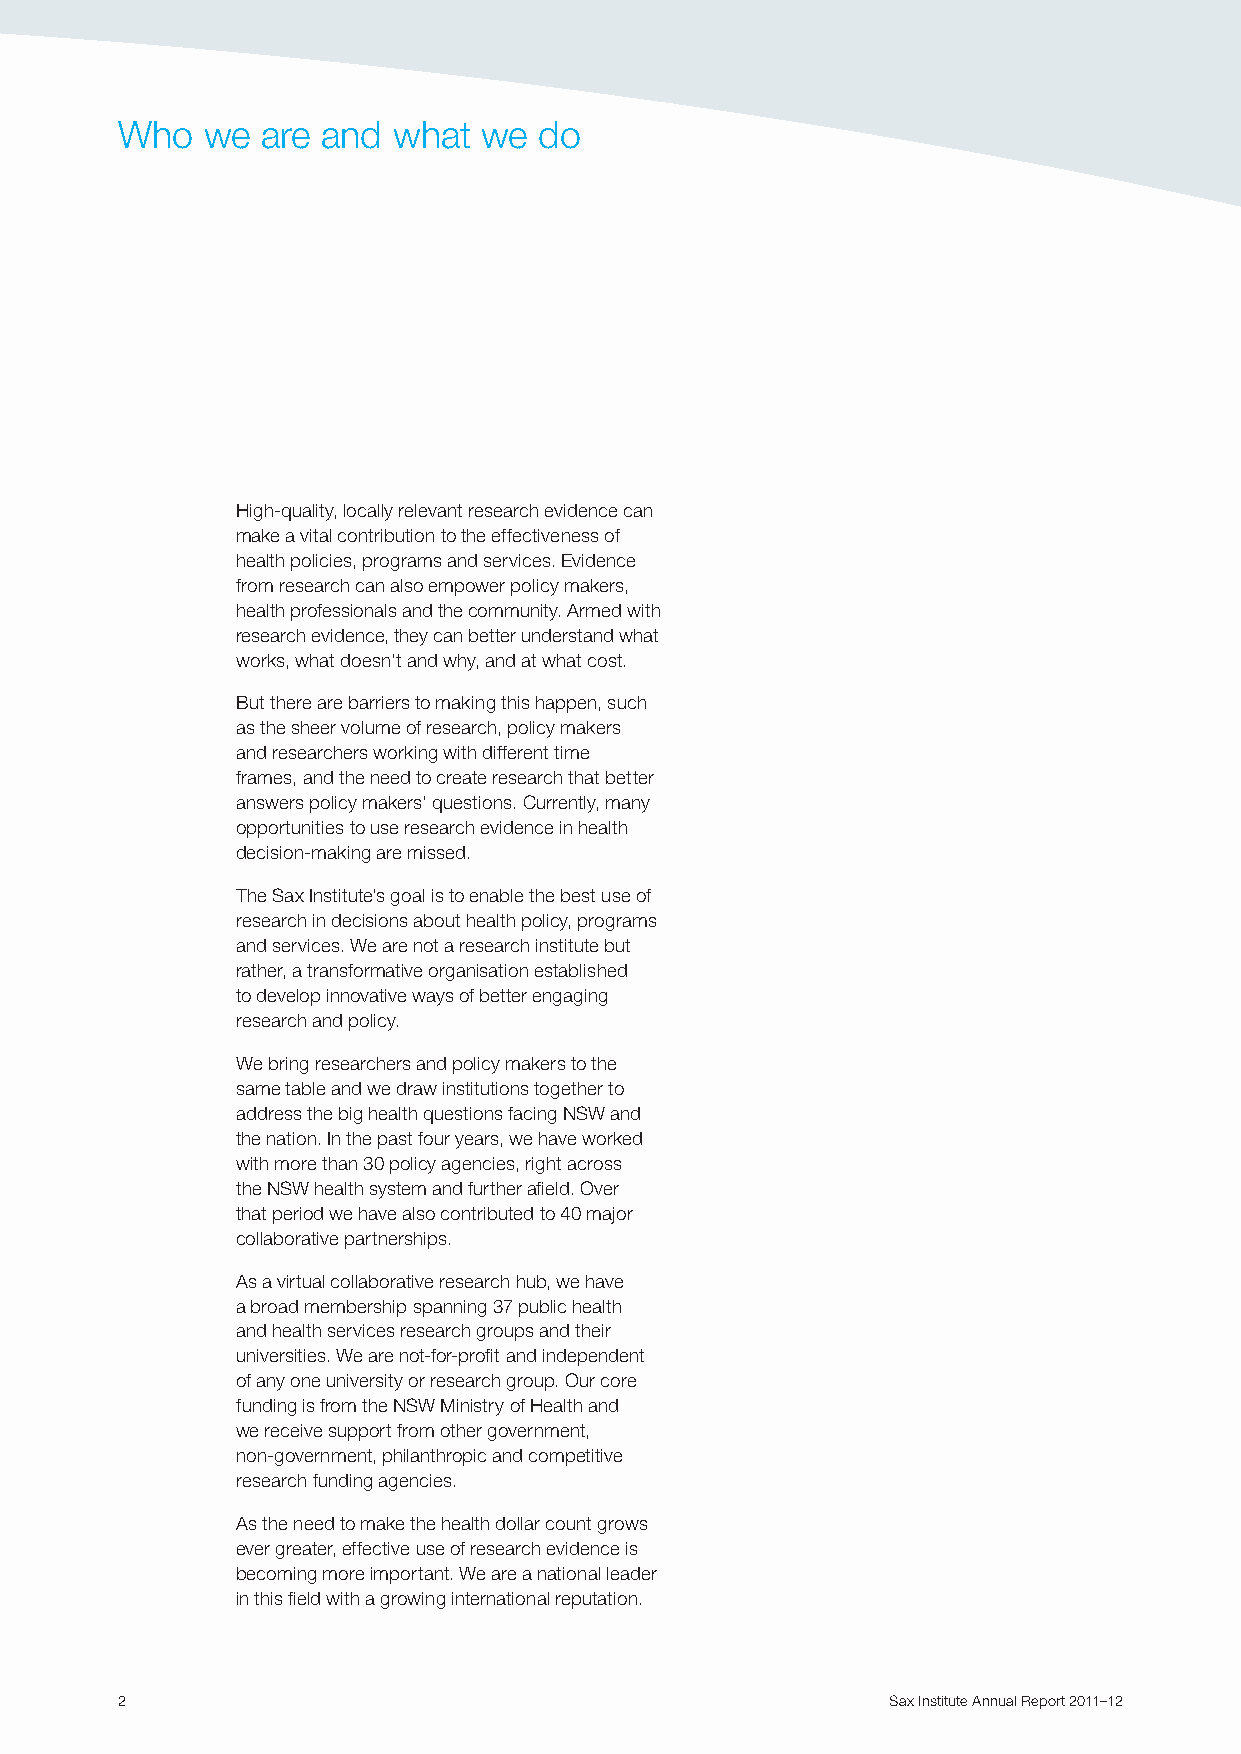
Who  we  are and  what  we  do
 High-quality, locally relevant research evidence can
 make a vital contribution to the effectiveness of
 health policies, programs and services. Evidence
 from research can also empower policy makers,
 health professionals and the community. Armed with
 research evidence, they can better understand what
 works, what doesn’t and why, and at what cost.
 But there are barriers to making this happen, such
 as the sheer volume of research, policy makers
 and researchers working with different time
 frames, and the need to create research that better
 answers policy makers’ questions. Currently, many
 opportunities to use research evidence in health
 decision-making are missed.
 The Sax Institute’s goal is to enable the best use of
 research in decisions about health policy, programs
 and services. We are not a research institute but
 rather, a transformative organisation established
 to develop innovative ways of better engaging
 research and policy.
 We bring researchers and policy makers to the
 same table and we draw institutions together to
 address the big health questions facing NSW and
 the nation. In the past four years, we have worked
 with more than 30 policy agencies, right across
 the NSW health system and further afield. Over
 that period we have also contributed to 40 major
 collaborative partnerships.
 As a virtual collaborative research hub, we have
 a broad membership spanning 37 public health
 and health services research groups and their
 universities. We are not-for-profit and independent
 of any one university or research group. Our core
 funding is from the NSW Ministry of Health and
 we receive support from other government,
 non-government, philanthropic and competitive
 research funding agencies.
 As the need to make the health dollar count grows
 ever greater, effective use of research evidence is
 becoming more important. We are a national leader
 in this field with a growing international reputation.
 2                                                  SSaaxx IInnssttiittuuttee AAnnnnuuaall RReeppoorrtt 22001111––1122